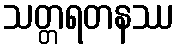
သတ္တရတနဿ